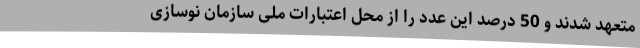
متعهد شدند و 50 درصد این عدد را از محل اعتبارات ملی سازمان نوسازی